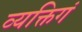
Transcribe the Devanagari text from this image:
व्यक्तिगं